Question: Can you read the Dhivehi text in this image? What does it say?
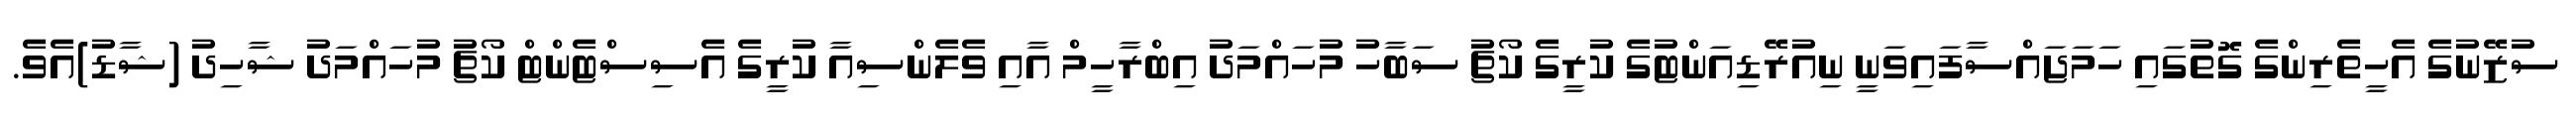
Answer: ސުޒޭނުގެ އެހީތެރިންގެ ގޮތުގައި ހަމަޖައްސާފައިވަނީ ނިއުރޭޑިއަންޓުގެ ކުރީގެ ކޯޗު ސަބާހު މުހައްމަދު އިބްރާހީމް އާއި ވެލެންސިއާ ކުރީގެ އެސިސްޓެންޓް ކޯޗު މުހައްމަދު ޝާހިދު (ޝާޑު)އެވެ.